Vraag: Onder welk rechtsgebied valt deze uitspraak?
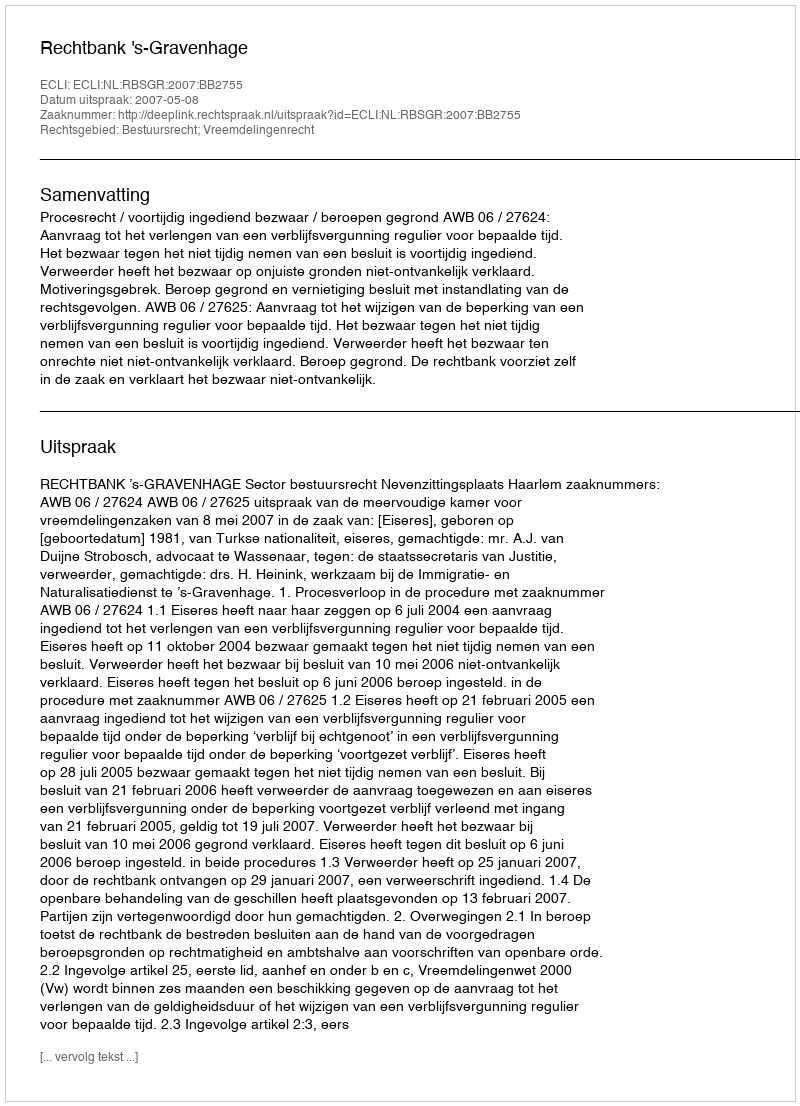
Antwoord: Bestuursrecht; Vreemdelingenrecht